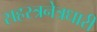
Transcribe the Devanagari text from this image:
सहस्त्रनेत्रधारी